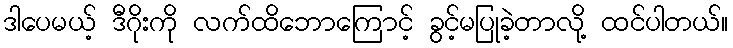
ဒါပေမယ့် ဒီဂိုးကို လက်ထိဘောကြောင့် ခွင့်မပြုခဲ့တာလို့ ထင်ပါတယ်။